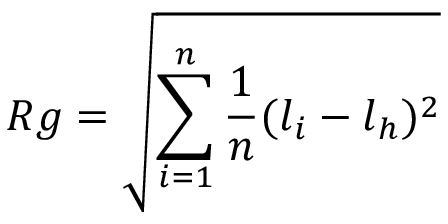
R g = \sqrt { \sum _ { i = 1 } ^ { n } { \frac { 1 } { n } ( \boldsymbol { l } _ { i } - \boldsymbol { l } _ { h } ) ^ { 2 } } }